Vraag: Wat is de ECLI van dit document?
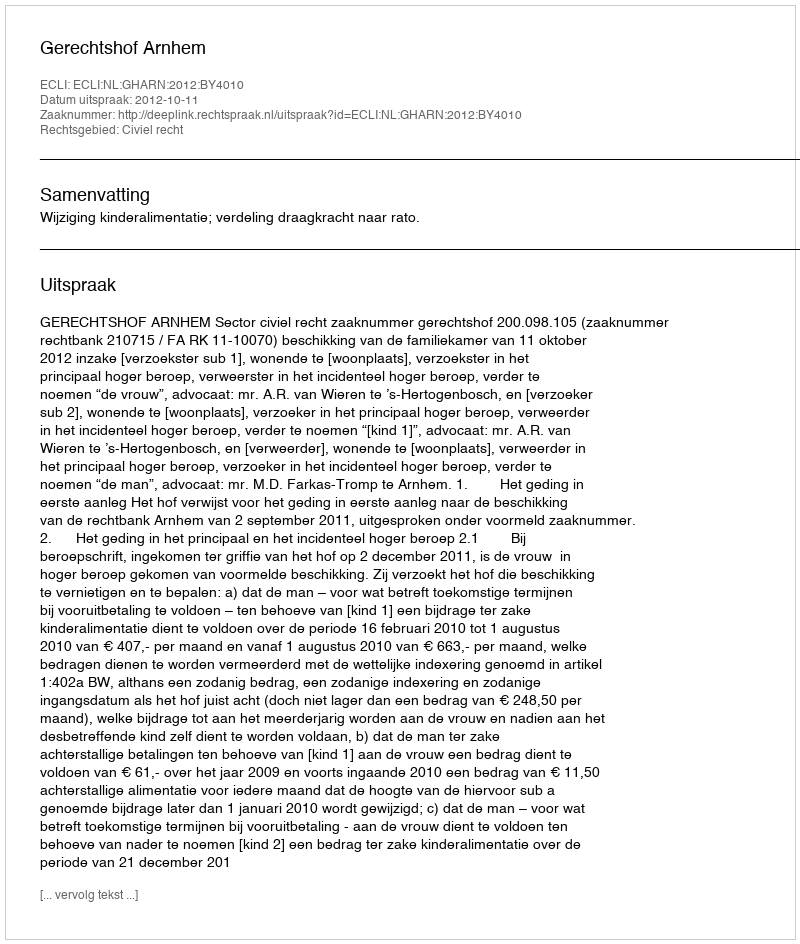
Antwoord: ECLI:NL:GHARN:2012:BY4010